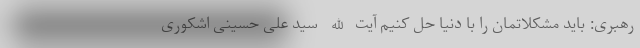
رهبری: باید مشکلاتمان را با دنیا حل کنیم آیت الله سید علی حسینی اشکوری